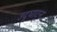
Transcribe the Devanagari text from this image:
उद्‌घाटन